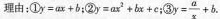
理由：①$$y = a x + b$$；②$$y = a x ^ { 2 } + b x + c$$；③$$y = \frac { a } { x } + b$$.